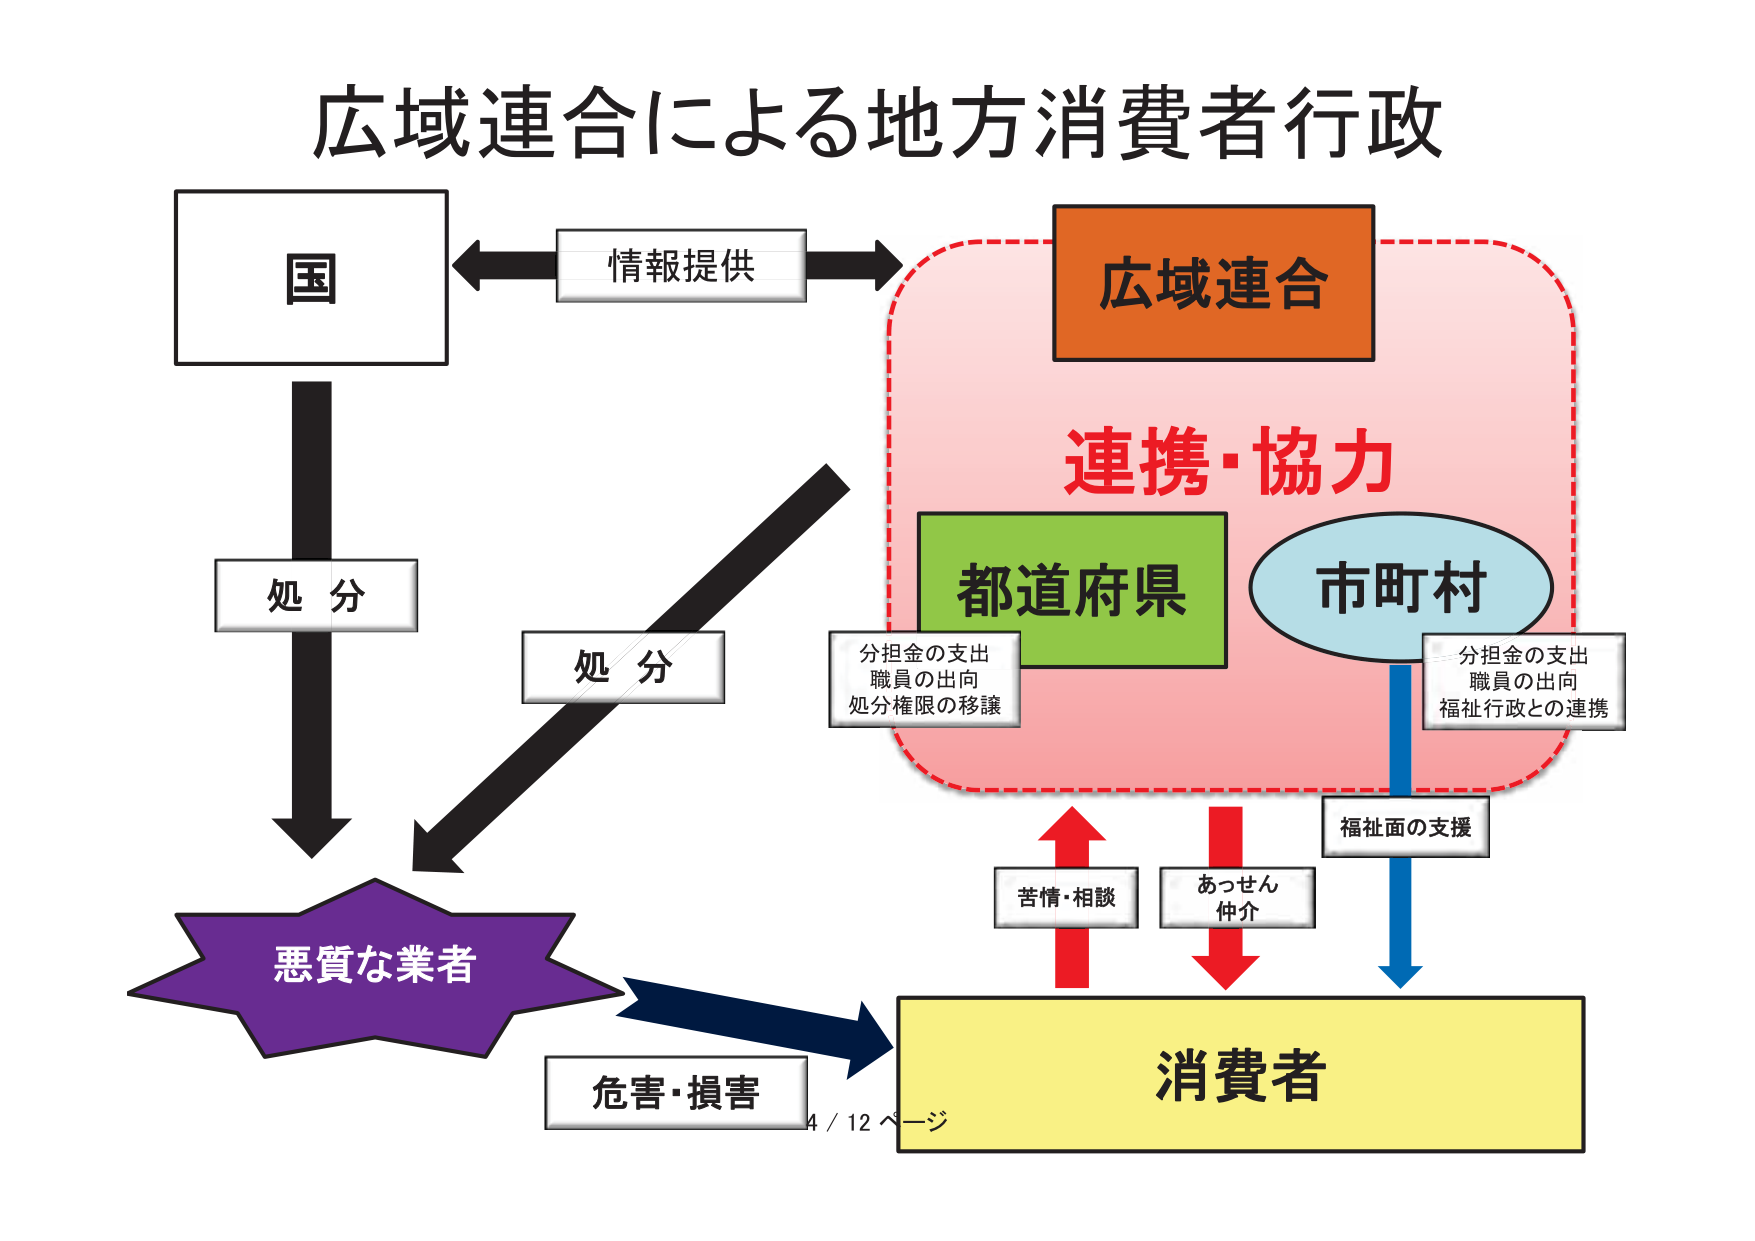
広域連合による地方消費者行政

国
情報提供
広域連合
連携・協力
都道府県
市町村
分担金の支出
職員の出向
処分権限の移譲
分担金の支出
職員の出向
福祉行政との連携
処分
処分
悪質な業者
苦情・相談
あっせん
仲介
福祉面の支援
消費者
危害・損害
4 / 12 ページ